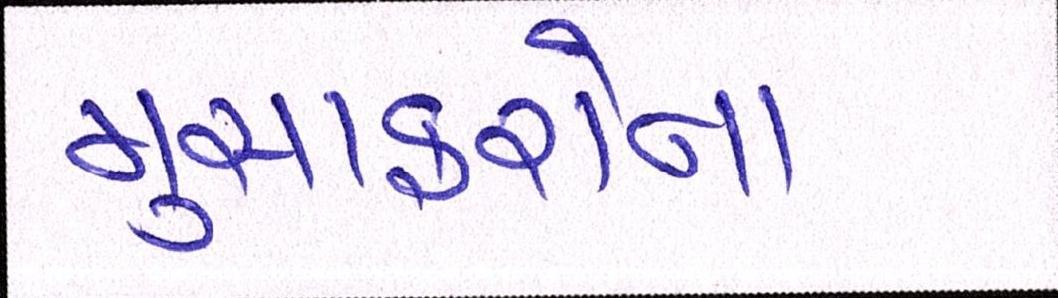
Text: મુસાફરોના